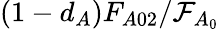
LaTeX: (1-d_{A})F_{A02}/\mathcal{F}_{A_{0}}